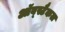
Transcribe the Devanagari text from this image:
ऑब्स्टैकल